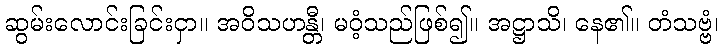
ဆွမ်းလောင်းခြင်းငှာ။ အဝိသဟန္တီ၊ မဝံ့သည်ဖြစ်၍။ အဋ္ဌာသိ၊ နေ၏။ တံသဗ္ဗံ၊